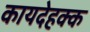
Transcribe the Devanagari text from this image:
कायदेहक्क